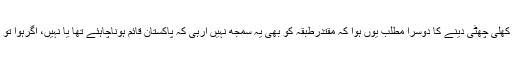
ایسے لوگوں کو کھلی چھٹی دینے کا دوسرا مطلب یوں ہوا کہ مقتدرطبقہ کو بھی یہ سمجھ نہیں آرہی کہ پاکستان قائم ہوناچاہئے تھا یا نہیں، اگرہوا تو کس بنیاد پر ہوا۔